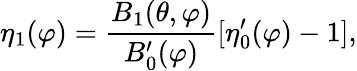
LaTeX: \eta_{1}(\varphi)=\frac{B_{1}(\theta,\varphi)}{B_{0}^{\prime}(\varphi)}[\eta_{0}^{\prime}(\varphi)-1],